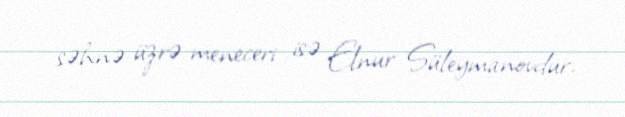
səhnə üzrə meneceri isə Elnur Süleymanovdur.